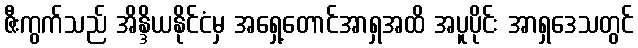
ဇီးကွက်သည် အိန္ဒိယနိုင်ငံမှ အရှေ့တောင်အာရှအထိ အပူပိုင်း အာရှဒေသတွင်